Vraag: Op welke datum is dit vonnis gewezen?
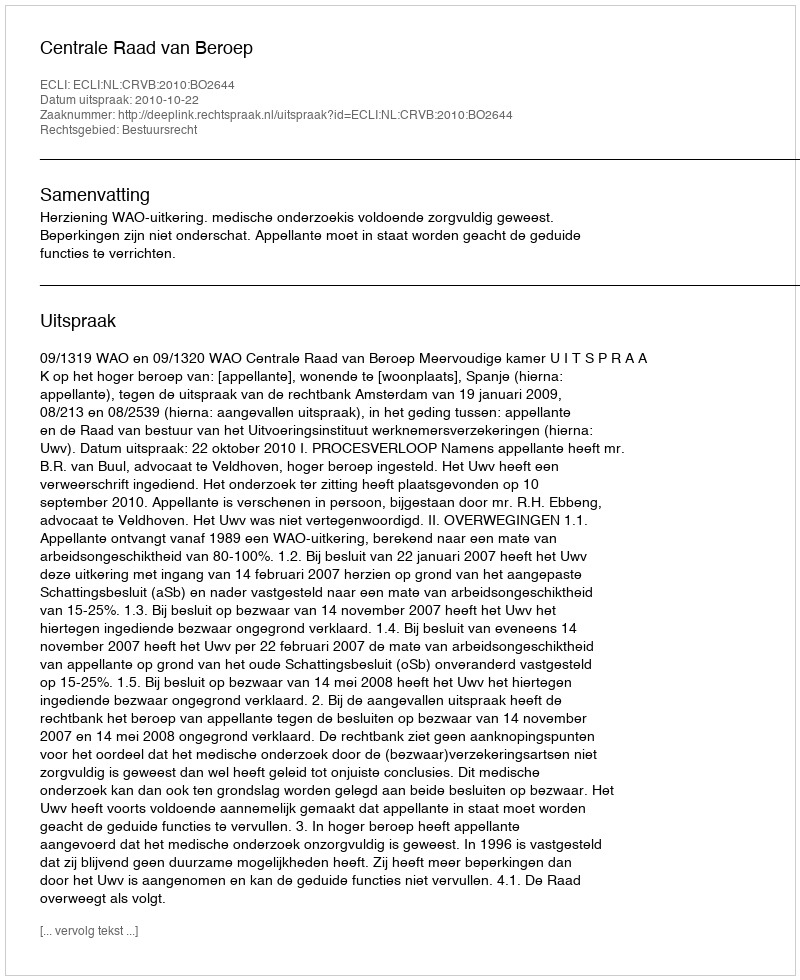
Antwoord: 2010-10-22